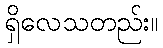
ရှိလေသတည်း။